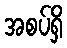
အစပ်ရှိ